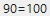
90=100